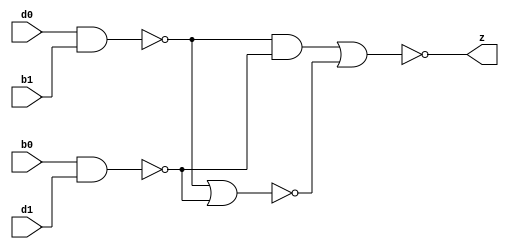
// Copyright 2003 Star Galaxy Publishing

module bist_cell (b0, b1, d0, d1, z);
  input b0, b1, d0, d1;

  output z;
  reg z;

  always @(b0 or b1 or d0 or d1) begin:L1
    reg s1, s2, s3;

    s1 = ! (b0 & d1);
    s2 = ! (d0 & b1);
    s3 = ! (s2 | s1);
    s2 = s2 & s1;
    z = ! (s2 | s3);
  end
endmodule